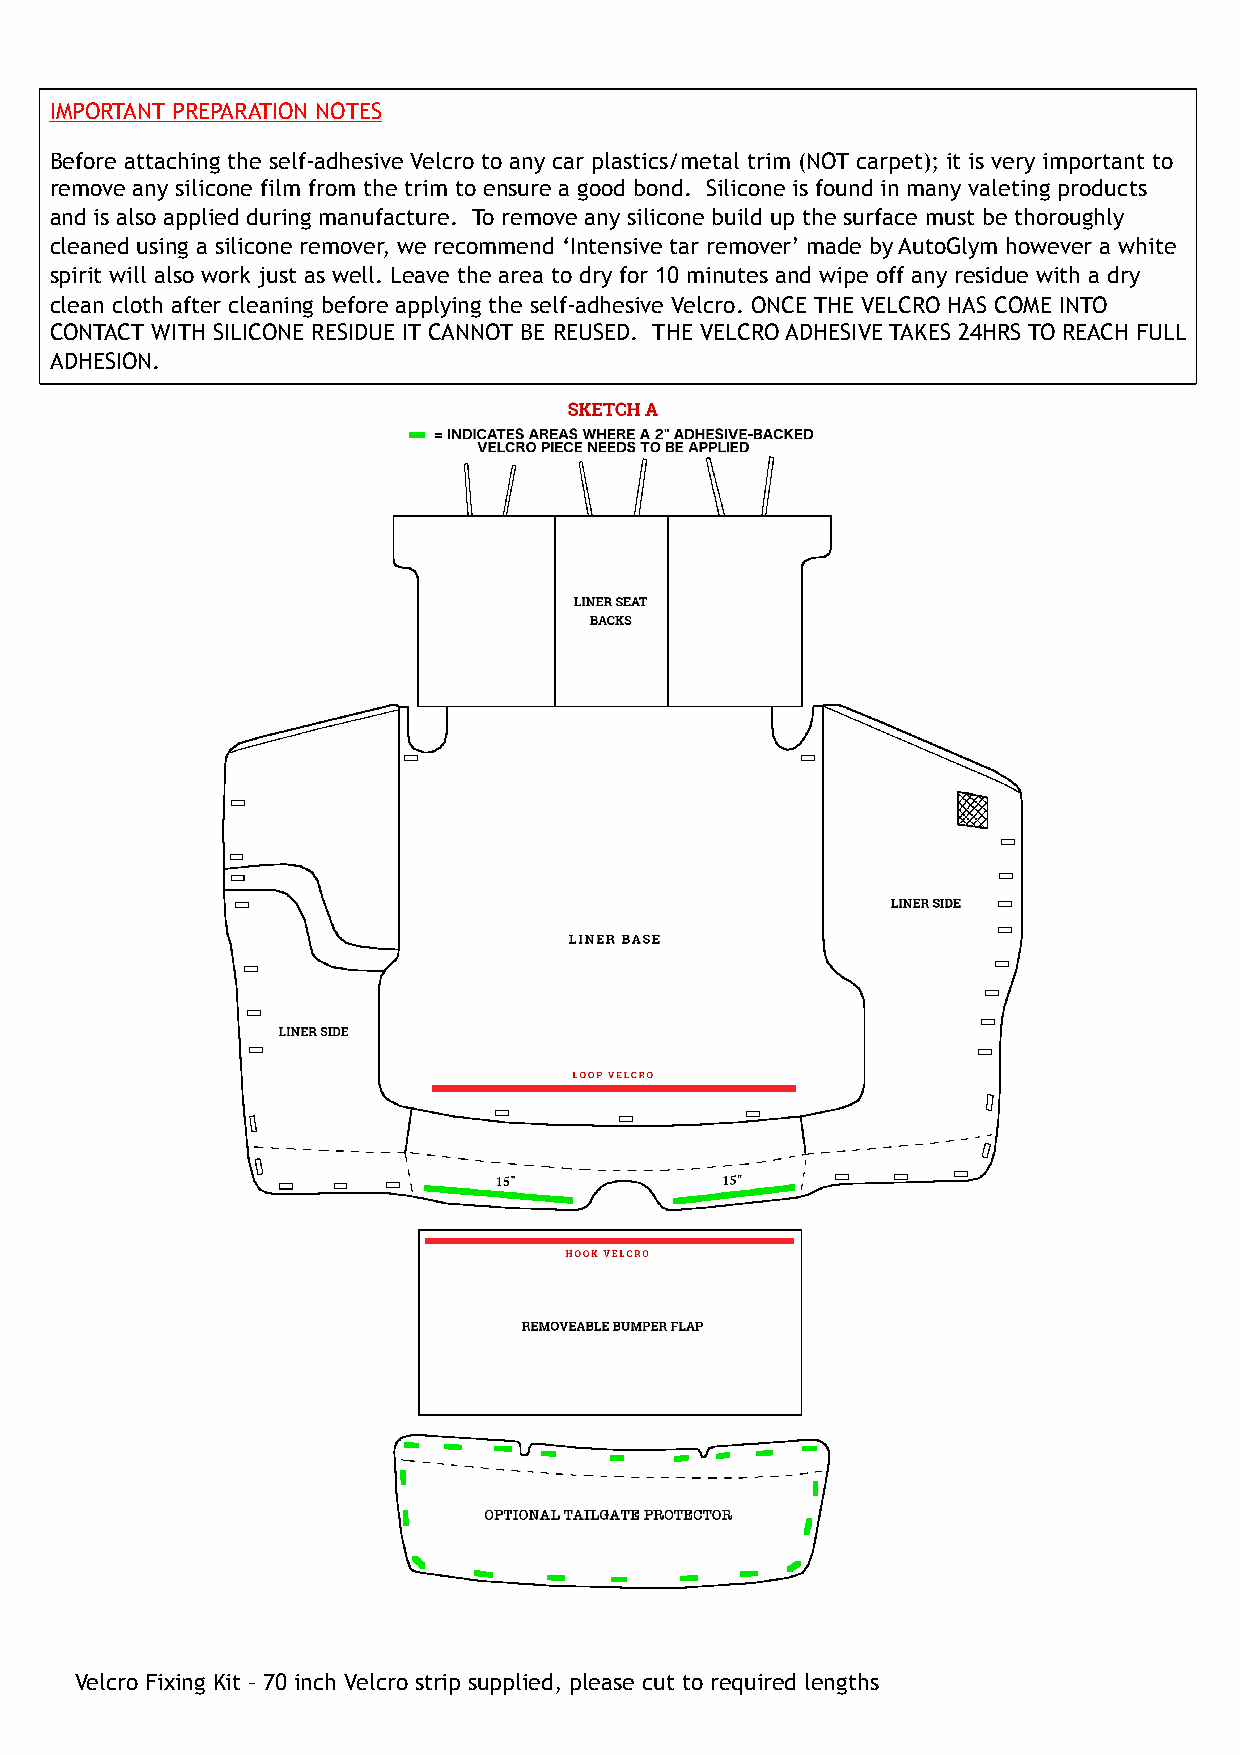
IMPORTANT PREPARATION NOTES
 Before attaching the self-adhesive Velcro to any car plastics/metal trim (NOT carpet); it is very important to
 remove any silicone film from the trim to ensure a good bond. Silicone is found in many valeting products
 and is also applied during manufacture. To remove any silicone build up the surface must be thoroughly
 cleaned using a silicone remover, we recommend ‘Intensive tar remover’ made by AutoGlym however a white
 spirit will also work just as well. Leave the area to dry for 10 minutes and wipe off any residue with a dry
 clean cloth after cleaning before applying the self-adhesive Velcro. ONCE THE VELCRO HAS COME INTO
 CONTACT WITH SILICONE RESIDUE IT CANNOT BE REUSED. THE VELCRO ADHESIVE TAKES 24HRS TO REACH FULL
 ADHESION.
 Velcro Fixing Kit – 70 inch Velcro strip supplied, please cut to required lengths